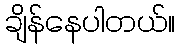
ချိန်နေပါတယ်။